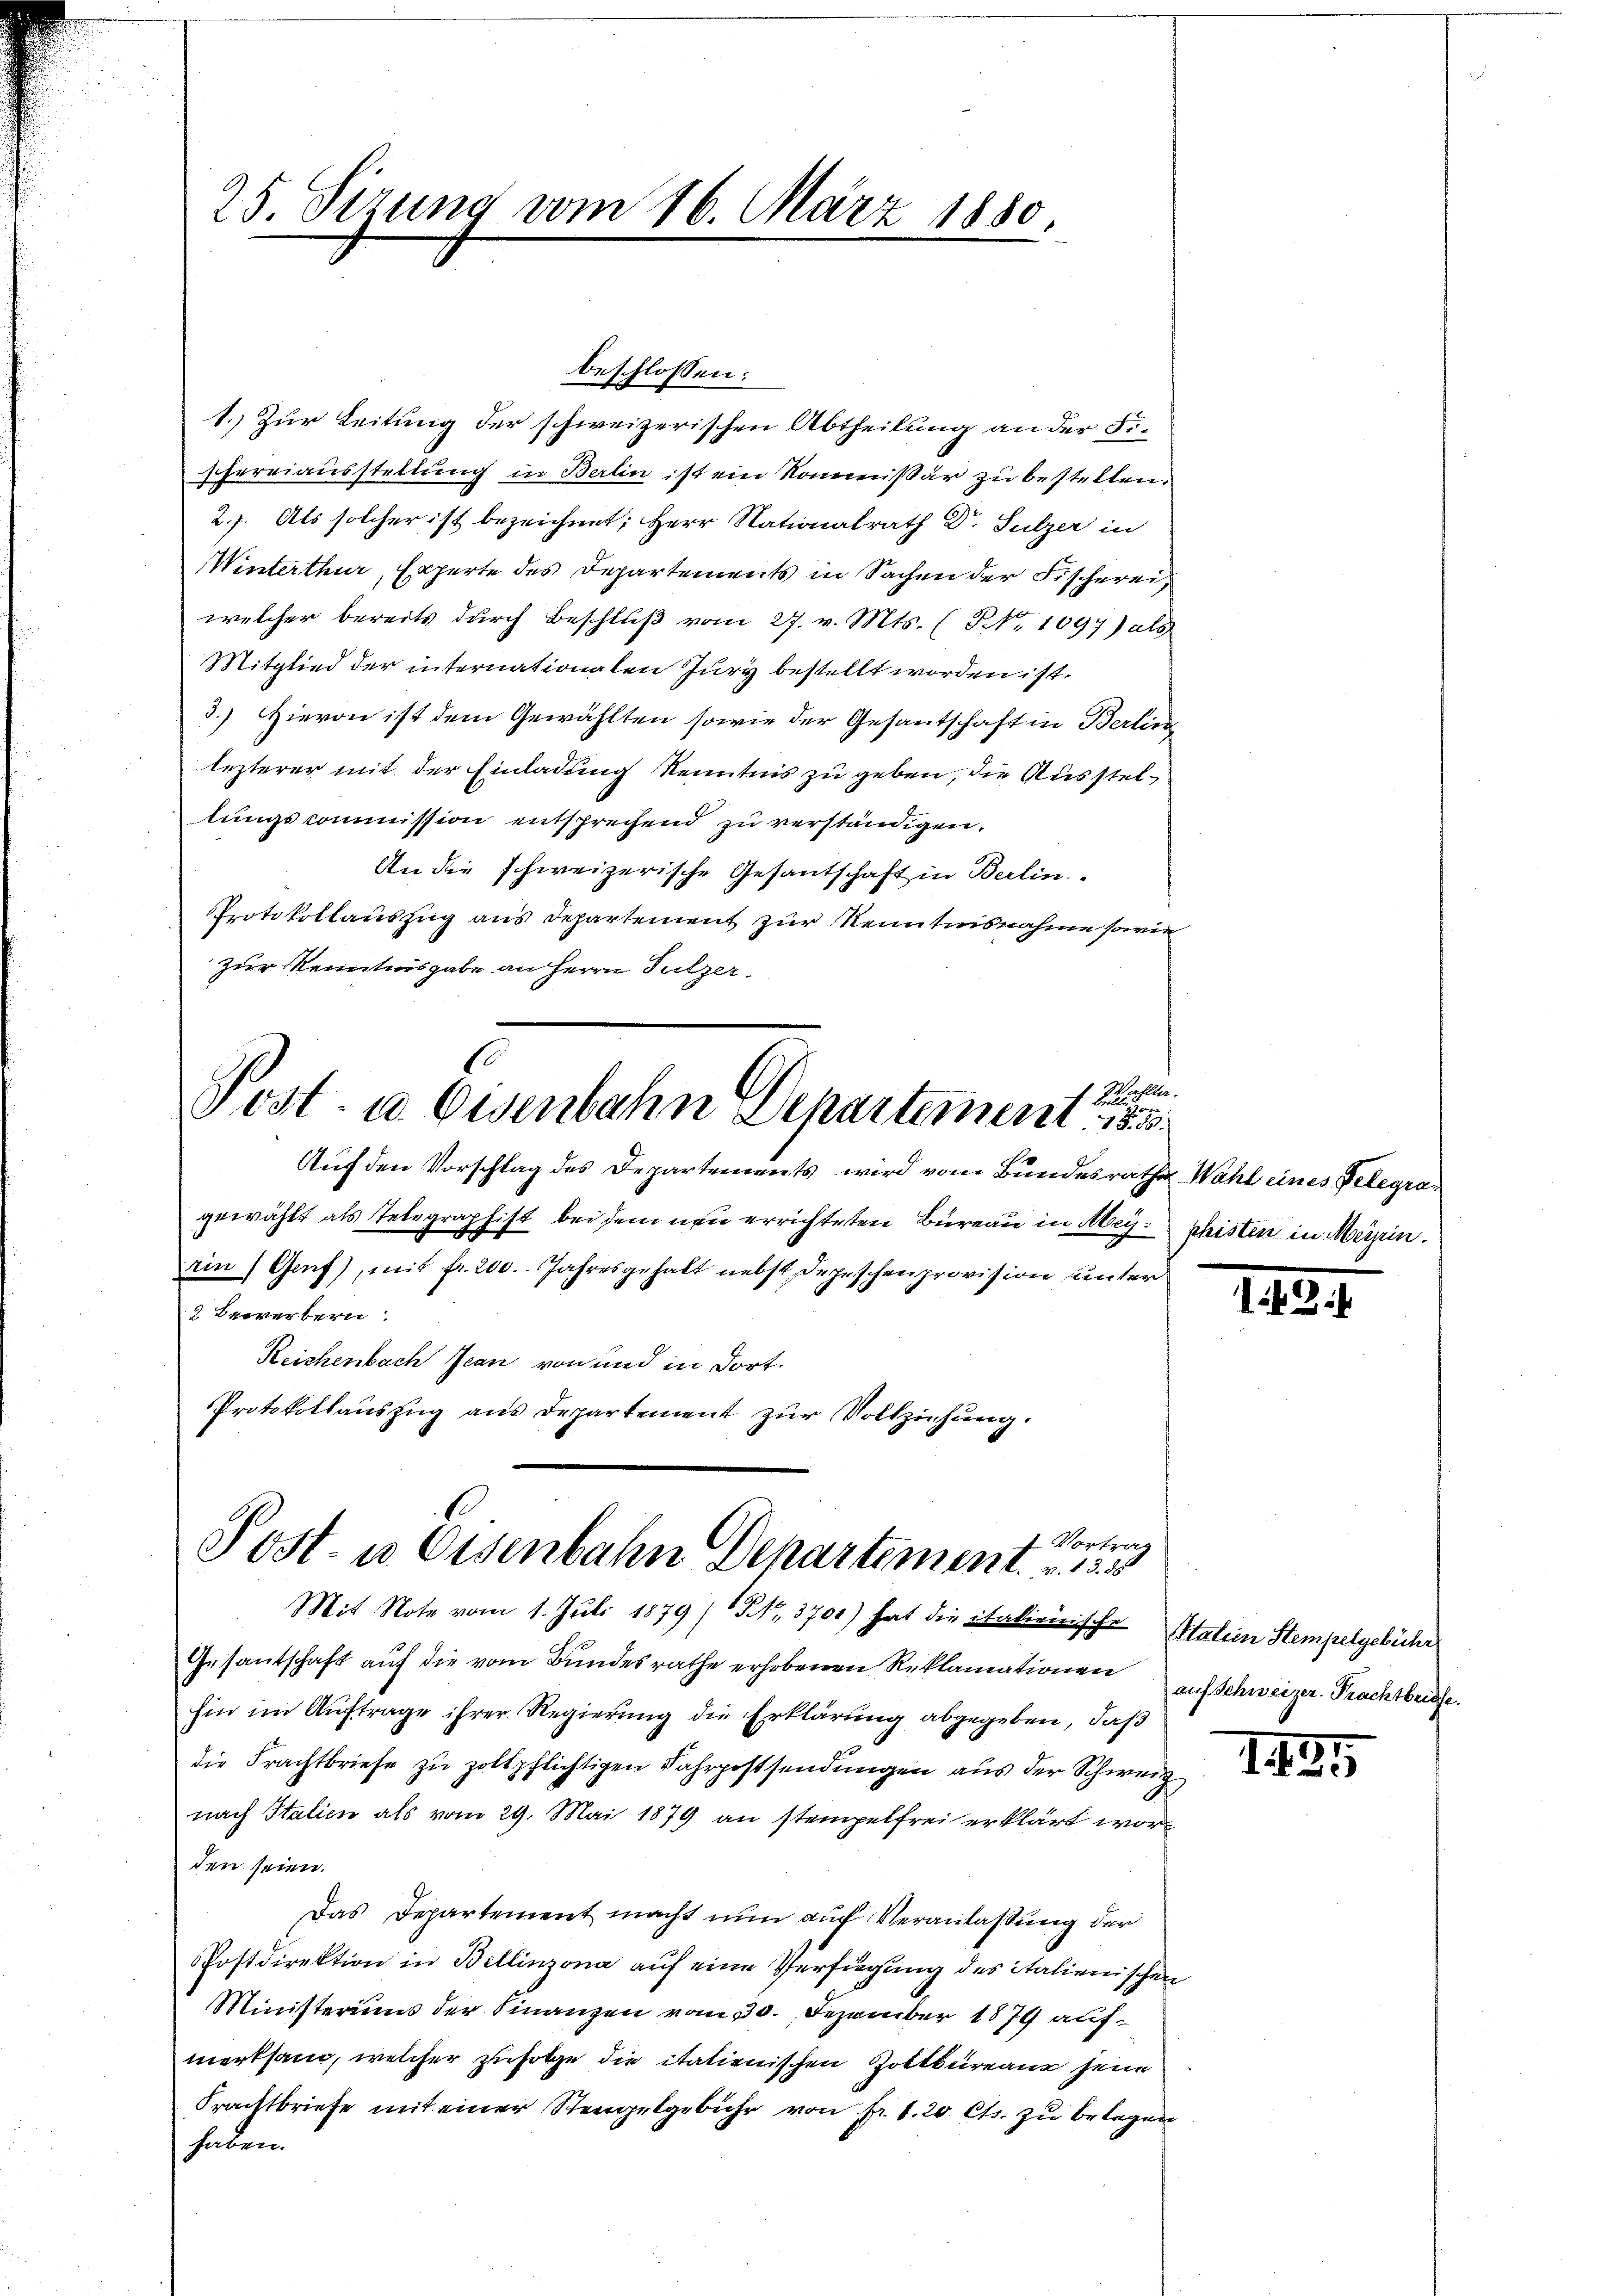
25. Sizung vom 16. März 1850

beschlossen:

Willer.
Post- u. Eisenbahn Departement. 185
Auf den Vorschlag des Departements wird vom Bundesrathe Wahl eines Telegra¬

1.) Zur Leitung der schweizerischen Abtheilung an der Fischereiausstellung in Berlin ist ein Kommißär zu bestellen.
2.). Als solcher ist bezeichnet; Herr Nationalrath Dr. Sulzer in
WWinterthur, Experte des Departements in Sachen der Fischerei
welcher bereits durch Beschluß vom 27. v. Mts. (NNo. 1097) als
Mitglied der internationalen Jury bestellt worden ist.
3.) Hievon ist dem Gewählten sowie der Gesantschaft in Berlier
lezterer mit der Einladung Kenntnis zu geben, die Ausstellungscommission entsprechend zu verständigen.
An die schweizerische Gesantschaft in Berlin.
Protokollauszug aus Departement zur Kenntnisnahme sowie
Zur Kenntnisgabe an Herrn Sulzer

1 Vortrag
Post- u Eisenbahn Departement. 135
Mit Note vom 1. Juli 1879/B, 3700) hat die italieirische Italien Stempelgebühr

gewählt als Telegraphist bei dem neu errichteten Bureau in Meyrin) Genf), mit fr. 200. Jahresgehalt nebst Depeschenprovision unter
2 Bewerbern:
Reichenbach Jean von und in dort.
Protokollauszug aus Departement zur Vollziehung.

Gesantschaft aŭf die vom Bundesrathe erhobenen Reklamationen auf Schweizer. Prachtbriefe
hin im Auftrage ihrer Regierung die Erklärung abgegeben, daß
die Frachtbriefe zu zollpflichtigen Fahrpostsendungen aus der Schweiz
nach Italien als vom 29. Mai 1879 an stempelfrei erklärt worden seien.
Das Departement macht nun auf Veranlassung der
Postdirektion in Bellinzona auf eine Verfügung des italienischen
Ministeriums der Finanzen vom 30. Dezember 1879 aufmerksam, welcher zufolge die italienischen Zottbureau jene
Frachtbriefe mit einer Stempelgebühr von Fr. 1. 20. Cts. zu belegen
haben.

phisten in Meisin.

1484

1425